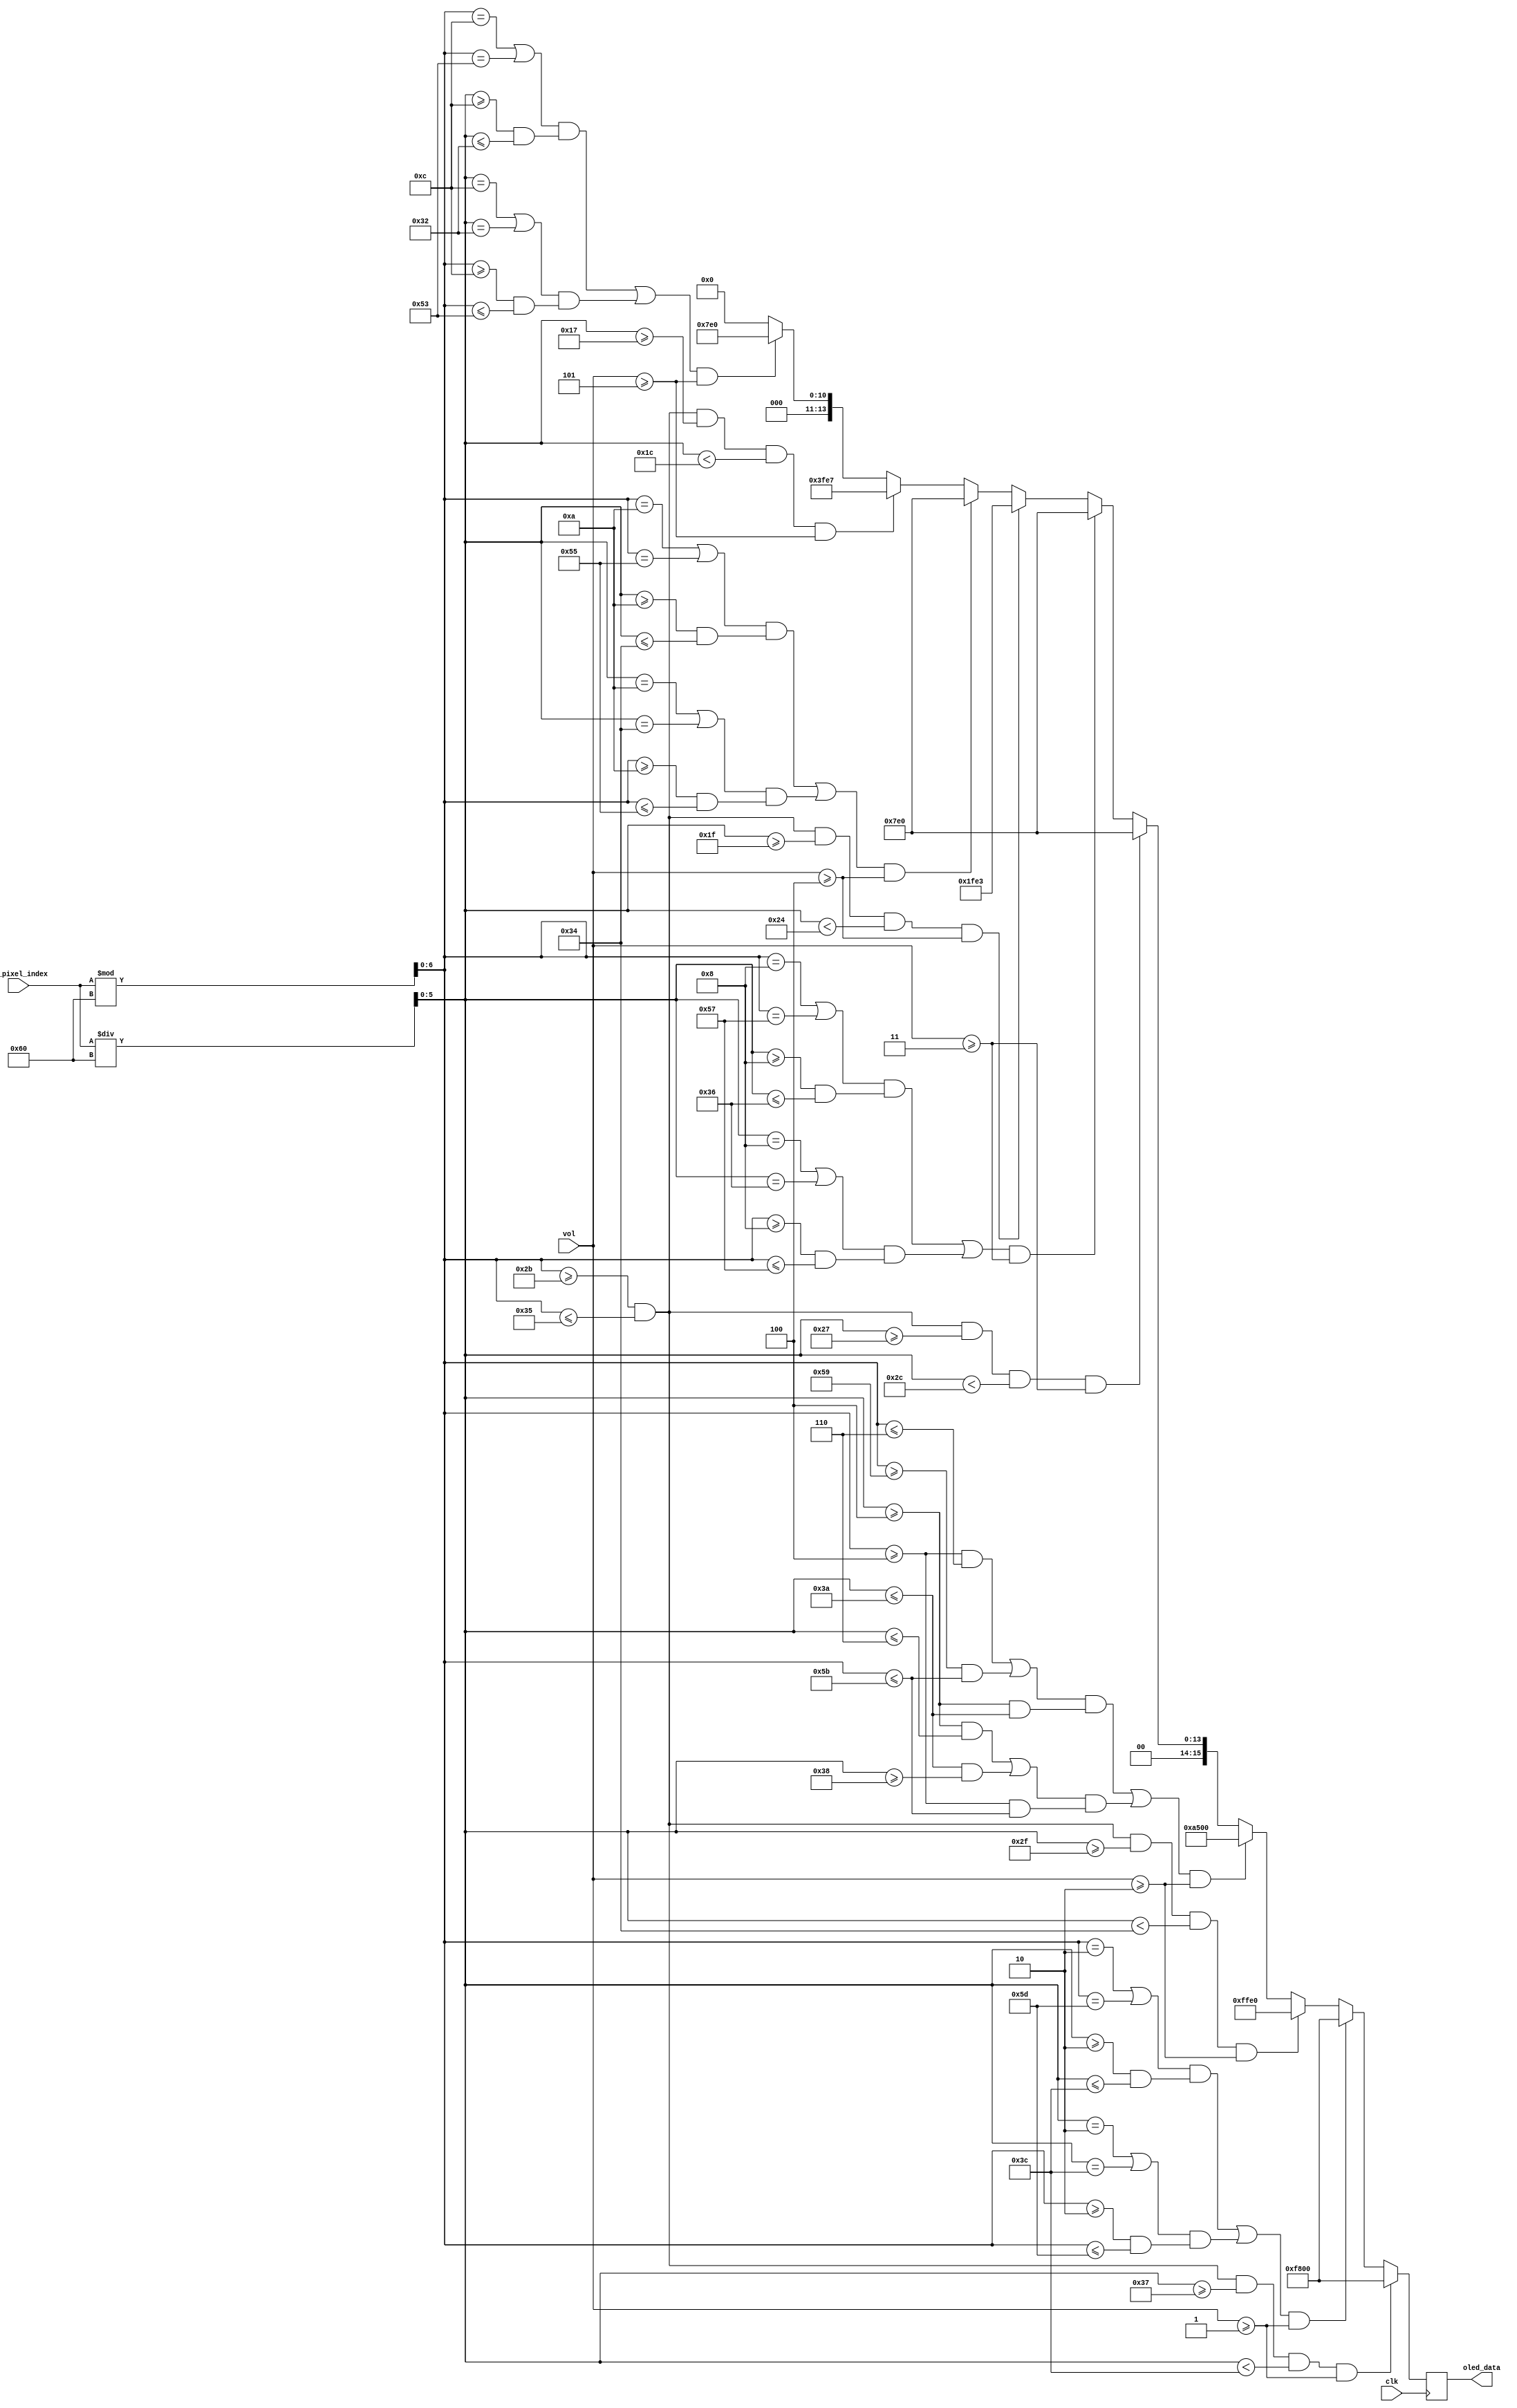
module OLED_MIX(
        input [12:0] my_pixel_index, input [3:0] vol, input clk, output reg [15:0] oled_data
    );
    // Palette
    wire [15:0] black = 16'd0;
    wire [15:0] white = ~black;
    wire [15:0] red = 16'b1111100000000000;
    wire [15:0] greenll = 16'b0011111111100111;
    wire [15:0] greenl = 16'b0001111111100011;
    wire [15:0] green = 16'b0000011111100000;
    wire [15:0] orange = 16'b1111111111100000;

    // Coords
    wire [6:0] x; //from 0 to 95
    wire [5:0] y; //
    assign x = my_pixel_index%96;
    assign y = my_pixel_index/96;
    
    always @ (posedge clk) begin
       if ((x >= 43) && (x <= 53) && (y >= 55) && (y < 60) && vol >= 1) begin
           oled_data <= red;
       end else if ((((x == 2 || x == 93) && (y >= 2 && y <= 60)) || ((y == 2 || y == 60) && (x >= 2 && x <= 93 ))) && vol >= 1) begin
           oled_data <= {5'b11111, 6'd0, 5'd0}; //red
       end else if ((x >= 43) && (x <= 53) && (y >= 47) && (y < 52) && vol >= 2) begin
           oled_data <= orange;
       end else if ((((x >=4 && x<=6 || x>=89 && x<=91) && (y >=4 && y <=58)) || ((y >= 4 && y <=6 || y <= 58 && y >= 56)) && (x >= 4 && x <= 91)) && vol >= 2) begin
           oled_data <= 16'hFFA500; //orange  
       end else if ((x >= 43) && (x <= 53) && (y >= 39) && (y < 44) && vol >= 3) begin
           oled_data <= green;
       end else if ((((x == 8 || x == 87) && (y >= 8 && y <= 54)) || ((y == 8 || y == 54) && (x >= 8 && x <= 87 ))) && vol >= 3) begin
           oled_data <= {5'd0, 6'b111111, 5'd0}; //green
       end else if ((x >= 43) && (x <= 53) && (y >= 31) && (y < 36) && vol >= 4) begin
           oled_data <= greenl;
       end else if ((((x == 10 || x == 85) && (y >= 10 && y <= 52)) || ((y == 10 || y == 52) && (x >= 10 && x <= 85 ))) && vol >= 4) begin
           oled_data <= {5'd0, 6'b111111, 5'd0}; //green
       end else if ((x >= 43) && (x <= 53) && (y >= 23) && (y < 28) && vol >= 5) begin
           oled_data <= greenll;
       end else if ((((x == 12 || x == 83) && (y >= 12 && y <= 50)) || ((y == 12 || y == 50) && (x >= 12 && x <= 83 ))) && vol >= 5) begin
           oled_data <= {5'd0, 6'b111111, 5'd0}; //green
       end else begin
           oled_data <= black;
       end
     end
endmodule